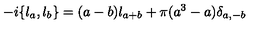
- i \{ \l _ { a } , \l _ { b } \} = ( a - b ) \l _ { a + b } + \pi ( a ^ { 3 } - a ) \delta _ { a , - b }